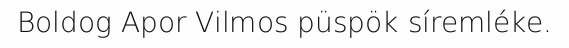
Boldog Apor Vilmos püspök síremléke.